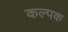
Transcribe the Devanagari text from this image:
कल्‍पक